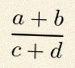
\frac{a+b}{c+d}